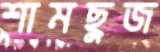
শামছুজ